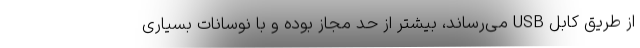
از طریق کابل USB می‌رساند، بیشتر از حد مجاز بوده و با نوسانات بسیاری